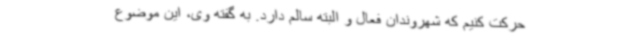
حرکت کنیم که شهروندان فعال و البته سالم دارد. به گفته وی، این موضوع